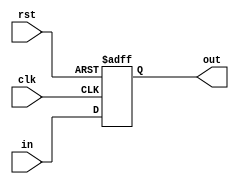
`timescale 1ns / 1ps
//////////////////////////////////////////////////////////////////////////////////
// name - Amit Kumar, Nikhil Saraswat
// Roll- 20CS30003, 20CS10039
// COA - KGP_RISC
//////////////////////////////////////////////////////////////////////////////////
module DFF(
	in,clk,rst,out
    );
	input in,clk,rst;
	output reg out;
	
	always @(posedge clk or posedge rst) begin
		if(rst)
			out <= 1'b0;
		else
			out <= in;
	end
endmodule